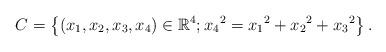
LaTeX: \begin{align*}C= \left\lbrace (x_1, x_2,x_3,x_4) \in \mathbb{R}^{4} ; {x_4}^2={x_1}^2+{x_2}^2+{x_3}^2 \right\rbrace.\end{align*}